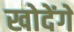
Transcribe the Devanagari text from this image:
खोदेंगे